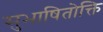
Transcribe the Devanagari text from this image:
सुभाषितोक्ति